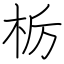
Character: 栃